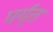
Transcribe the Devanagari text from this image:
पर्य्ंत